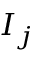
I _ { j }